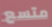
متسع